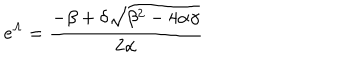
e ^ { \Lambda } = \frac { - \beta + \delta \sqrt { \beta ^ { 2 } - 4 \alpha \gamma } } { 2 \alpha }